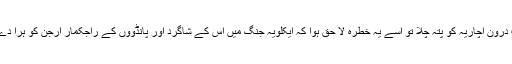
جب درون آچاریہ کو پتہ چلا تو اسے یہ خطرہ لا حق ہوا کہ ایکلویہ جنگ میں اس کے شاگرد اور پانڈووں کے راجکمار ارجن کو ہرا دے گا۔